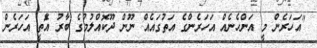
"އަހަރެން މީ އަންހެނެއް އަހަރެންގެ އަތުގައެއް ނޫން ދޫކޮއްލުމުގެ ބާރު އެޮތީ އަހަރެން